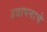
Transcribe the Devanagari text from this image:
उद्यापनाचे